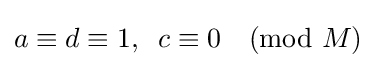
a\equiv d\equiv 1,\;\;c\equiv 0{\pmod {M}}